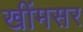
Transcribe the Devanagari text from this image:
खींमसर